Indian journal of veterinary science and animal husbandry - Volumes 28-29, 1958-1959
Year: 1958
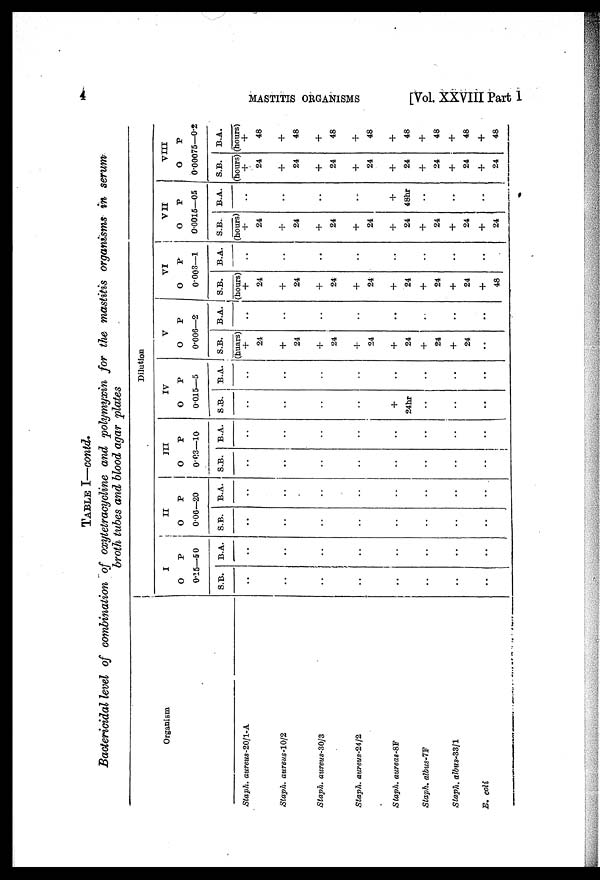
4
MASTITIS
ORGANISMS
[Vol. XXVIII Part 1
TABLE 1—contd.
Bactericidal level of combination of oxytetracycline and polymyxin for the mastitis organisms in serum
broth tubes and blood agar plates
Organism
Staph. aureus -20/1-A
Staph. aureus-10/2
Staph. aureus-30/3
Staph. aureus-24/2
Staph. aureas-8F
Staph. albus-7F
Staph. albus-33/1
E. coli
Dilution
I
O
P
9.15—50
S.B.
. .
. .
. .
. .
. .
. .
. .
. .
B.A.
. .
. .
. .
. .
. .
. .
. .
. .
II
O
P
0.06—20
S.B.
. .
. .
. .
. .
. .
. .
. .
. .
B.A.
. .
. .
. .
. .
. .
. .
. .
. .
III
O
P
0.03—10
S.B.
. .
. .
. .
. .
. .
. .
. .
. .
B.A.
. .
. .
. .
. .
. .
. .
. .
. .
IV
O P
0.015—5
S.B.
. .
. .
. .
. .
+
24hr
. .
. .
. .
B.A.
. .
. .
. .
. .
. .
. .
. .
. .
V
O P
0.006—2
S.B.
(huars)
+
24
+
24
+
24
+
24
+
24
+
24
+
24
B.A.
. .
. .
. .
. .
. .
. .
. .
. .
VI
O
P
0.003—1
S.B.
(hours)
+
24
+
24
+
24
+
24
+
24
+
24
+
24
+
48
B.A.
. .
. .
. .
. .
. .
. .
. .
. .
VII
O
P
0.0015—05
S.B.
(hours)
+
24
+
24
+
24
+
24
+
24
+
24
+
24
+
24
B.A.
. .
. .
. .
. .
+
48hr
. .
. .
. .
VIII
O P
0.00075—0.2
S.B.
(hours)
+
24
+
24
+
24
+
24
+
24
+
24
+
24
+
24
B.A.
(hours)
+
48
+
48
+
48
+
48
+
48
+
48
+
48
+
48